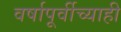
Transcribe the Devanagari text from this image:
वर्षापूर्वीच्याही